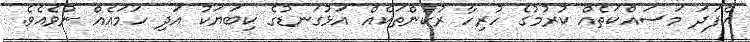
އެފަދަ މަސައްކަތެއް ކުރުމުގެ ހުރިހާ ރުކުންތަކެއް އަޅުގަނޑުގެ ކިބަޔަކު އަދި ހަމައެއް ނުވެއެވެ.